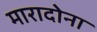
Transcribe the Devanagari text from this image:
मारादोना